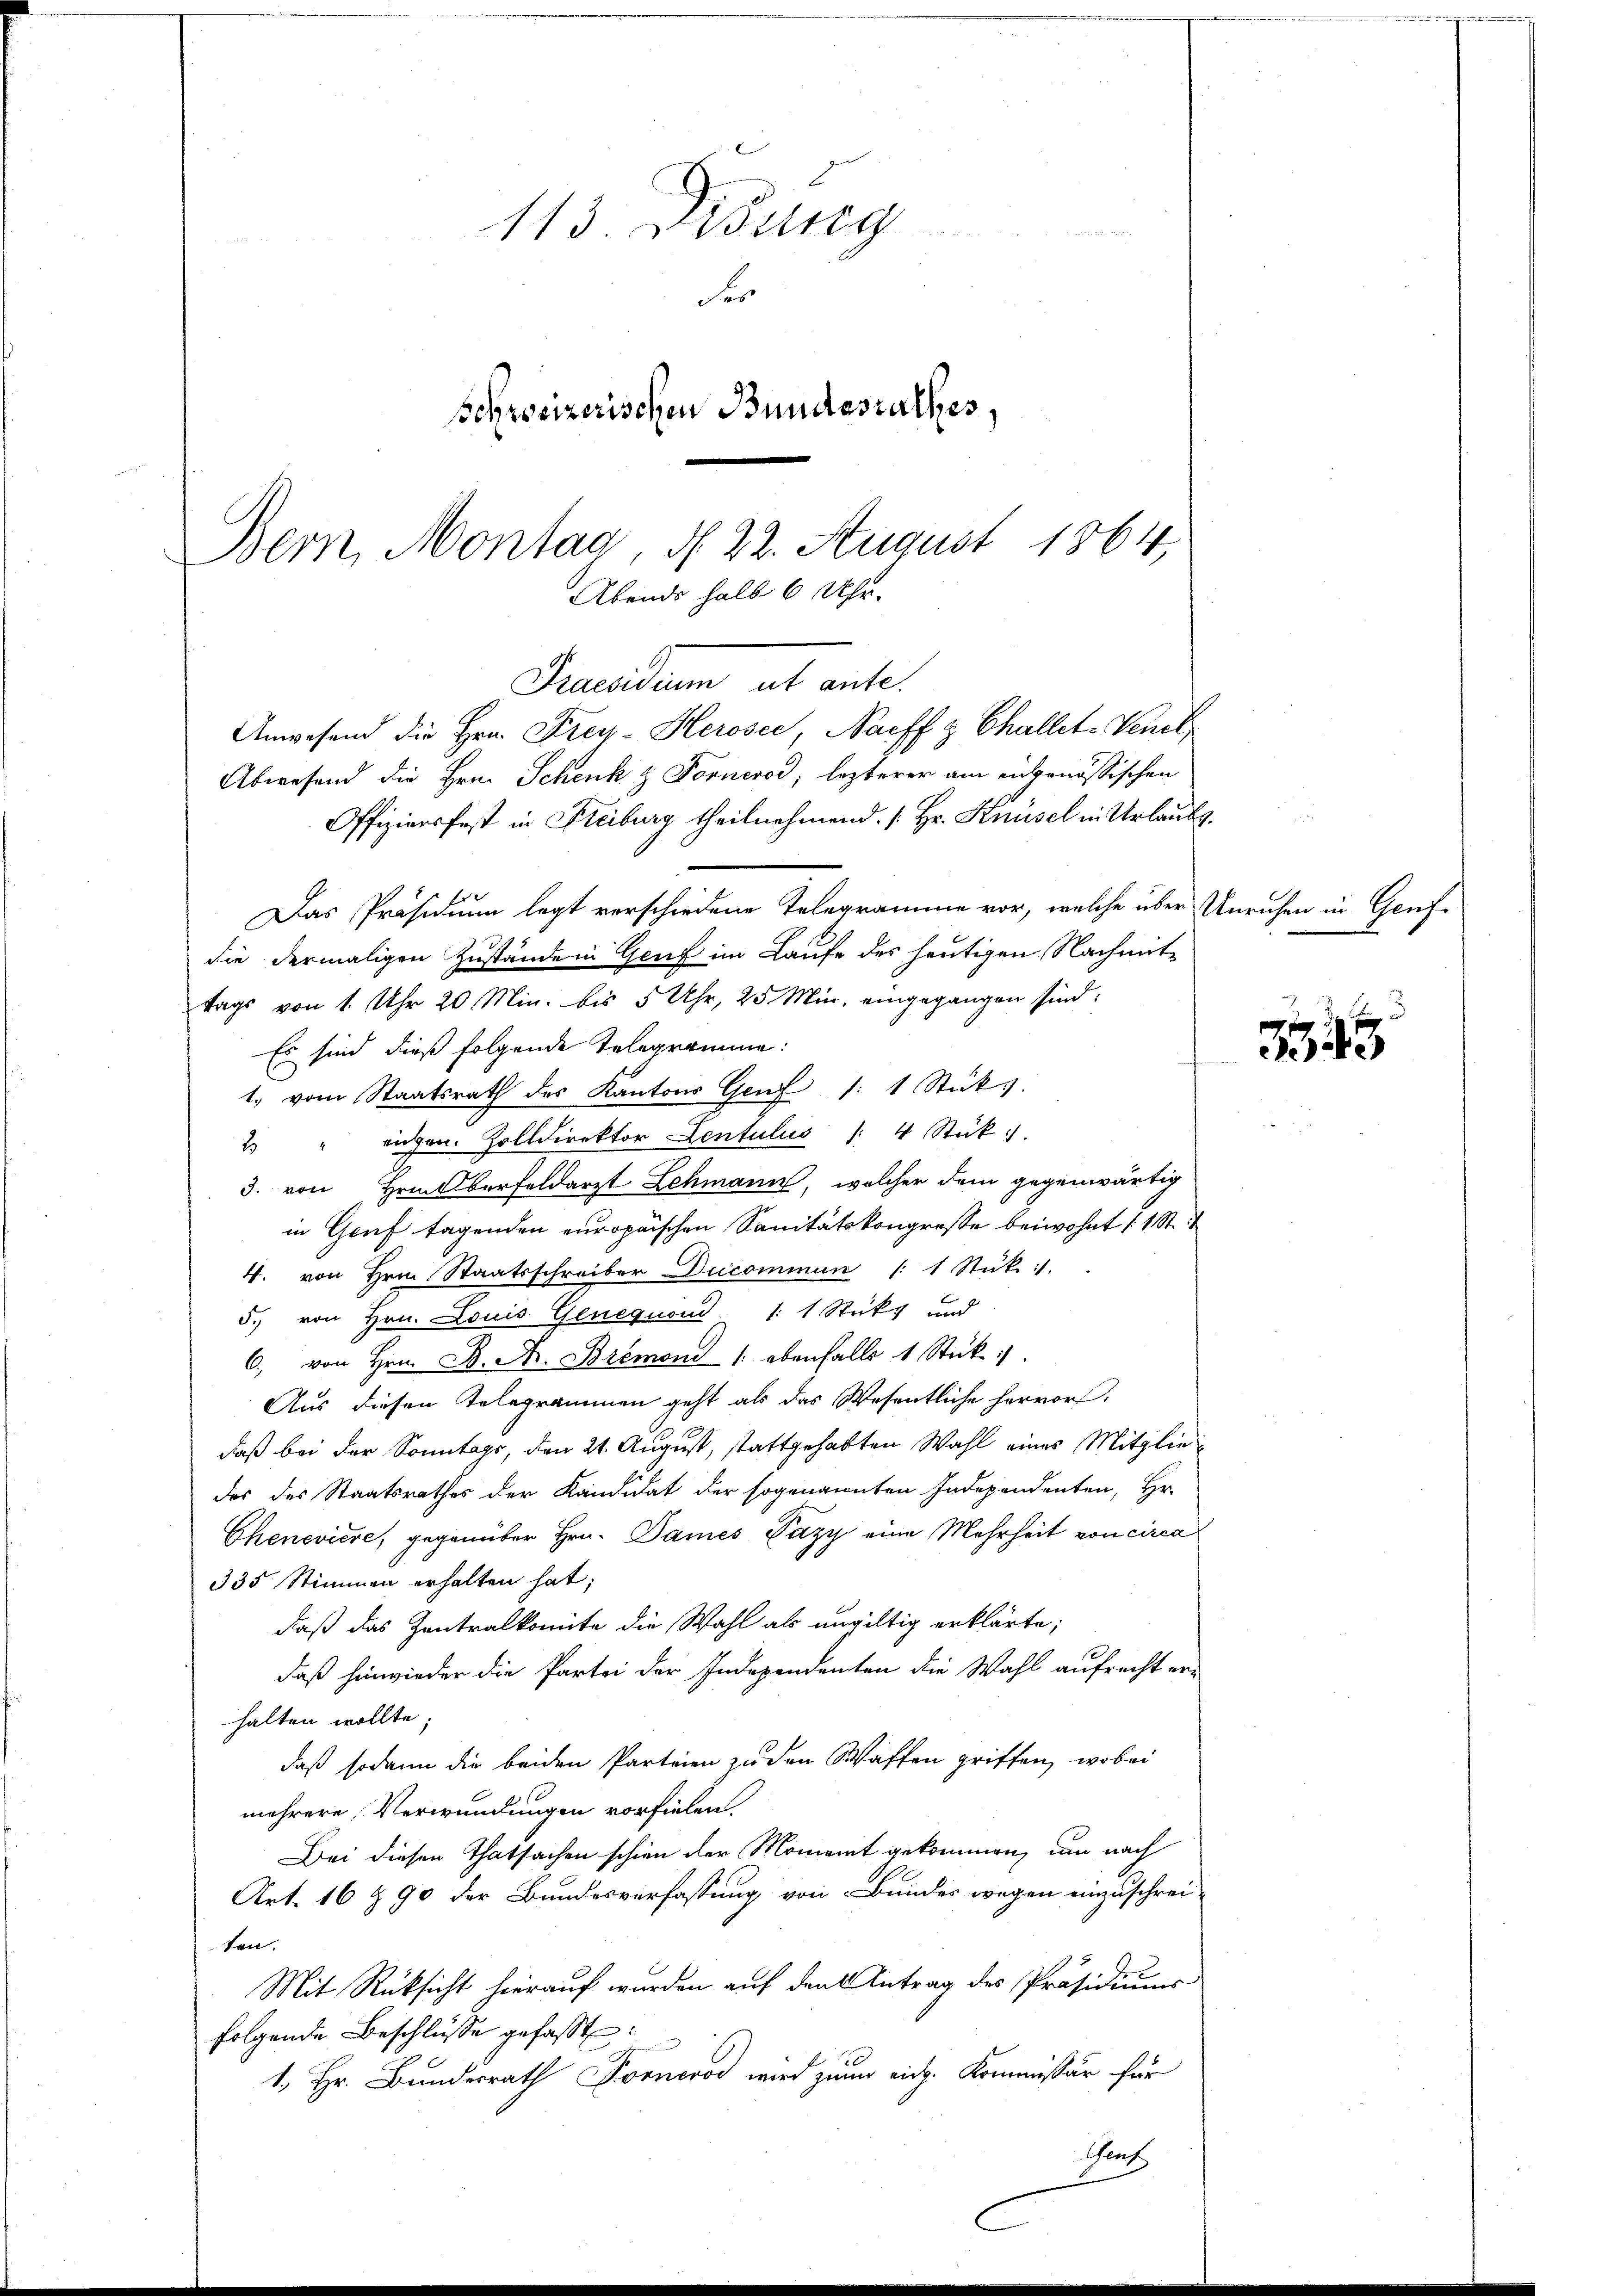
113 Didung

er
Schweizerischen Bundesrathes,
Bern, Montag, d. 22. August 1864,
Abends halb 6 Uhr.

Gruendum et ente
Anwesend die Hrn. Frey-Herosee, Nacff & Challet-Venet

Abwesend die Hrn. Schenk & Fornerod, lezterer am eidgenössischen
Offiziersfest in Freiburg theilnehmend [Hr. Knüsel in Urlaubs.
Das Präsidium legt verschiedene Telegramme vor, welche über Unruhen in Genf
die dermaligen Zustände in Genf im Laufe des heutigen Nachmittags von 1. Uhr 20 Min. bis 5 Uhr, 25 Min. eingegangen sind:
Es sind dieß folgende Telegramme:
1. vom Staatsrath des Kantons Genf 1: 1 Stücks
2 " eigen. Zolldirektor Lentulus /: 4 Stück
3. von Hrn. Oberfeldarzt Lehmann, welcher dem gegenwärtig
in Genf tagenden europaischen Sanitätskongresse beiwohnt (1 St.
4. von Hrn. Staatsschreiber Ducommun /: 1 Stük :/.
5. von Hrn. Louis Genequon 1 1 Sticks und
6. von Hrn. B. Nr. Bremond /: ebenfalls 1 Stück:
Aus diesen Telegrammen geht als das Wesentliche hervor,
daß bei der Sonntags, den 21. August, stattgehabten Wahl eines Mitgliedes des Staatsrathes der Kandidat der sogenannten Independenten, Hr.
Chenevière, gegenüber Hrn. Dames Pazy eine Mehrheit von circa
335 Stimmen erhalten hat;
daß das Zentralkomite die Wahl als ungültig erklärte;
daß hinwieder die Partei der Independenten die Wahl aufrecht er-
halten wollte;
daß sodann die beiden Parteien zu den Waffen griffen, wobei
mehrere Verwundungen vorfielen.
Bei diesen Thatsachen schien der Moment gekommen, um nach
Art. 16 t 90 der Bundesverfassung von Bundes wegen einzuschreiten.
Mit Rüksicht hierauf wurden auf den Antrag des Präsidiums
folgende Beschlüsse gefaßt:
1., Hr. Bundesrath Forner wird zum eidg. Kommissär für
Gutz

2